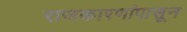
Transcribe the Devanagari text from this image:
राजकारणांपासून